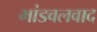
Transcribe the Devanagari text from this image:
भांडवलवाद